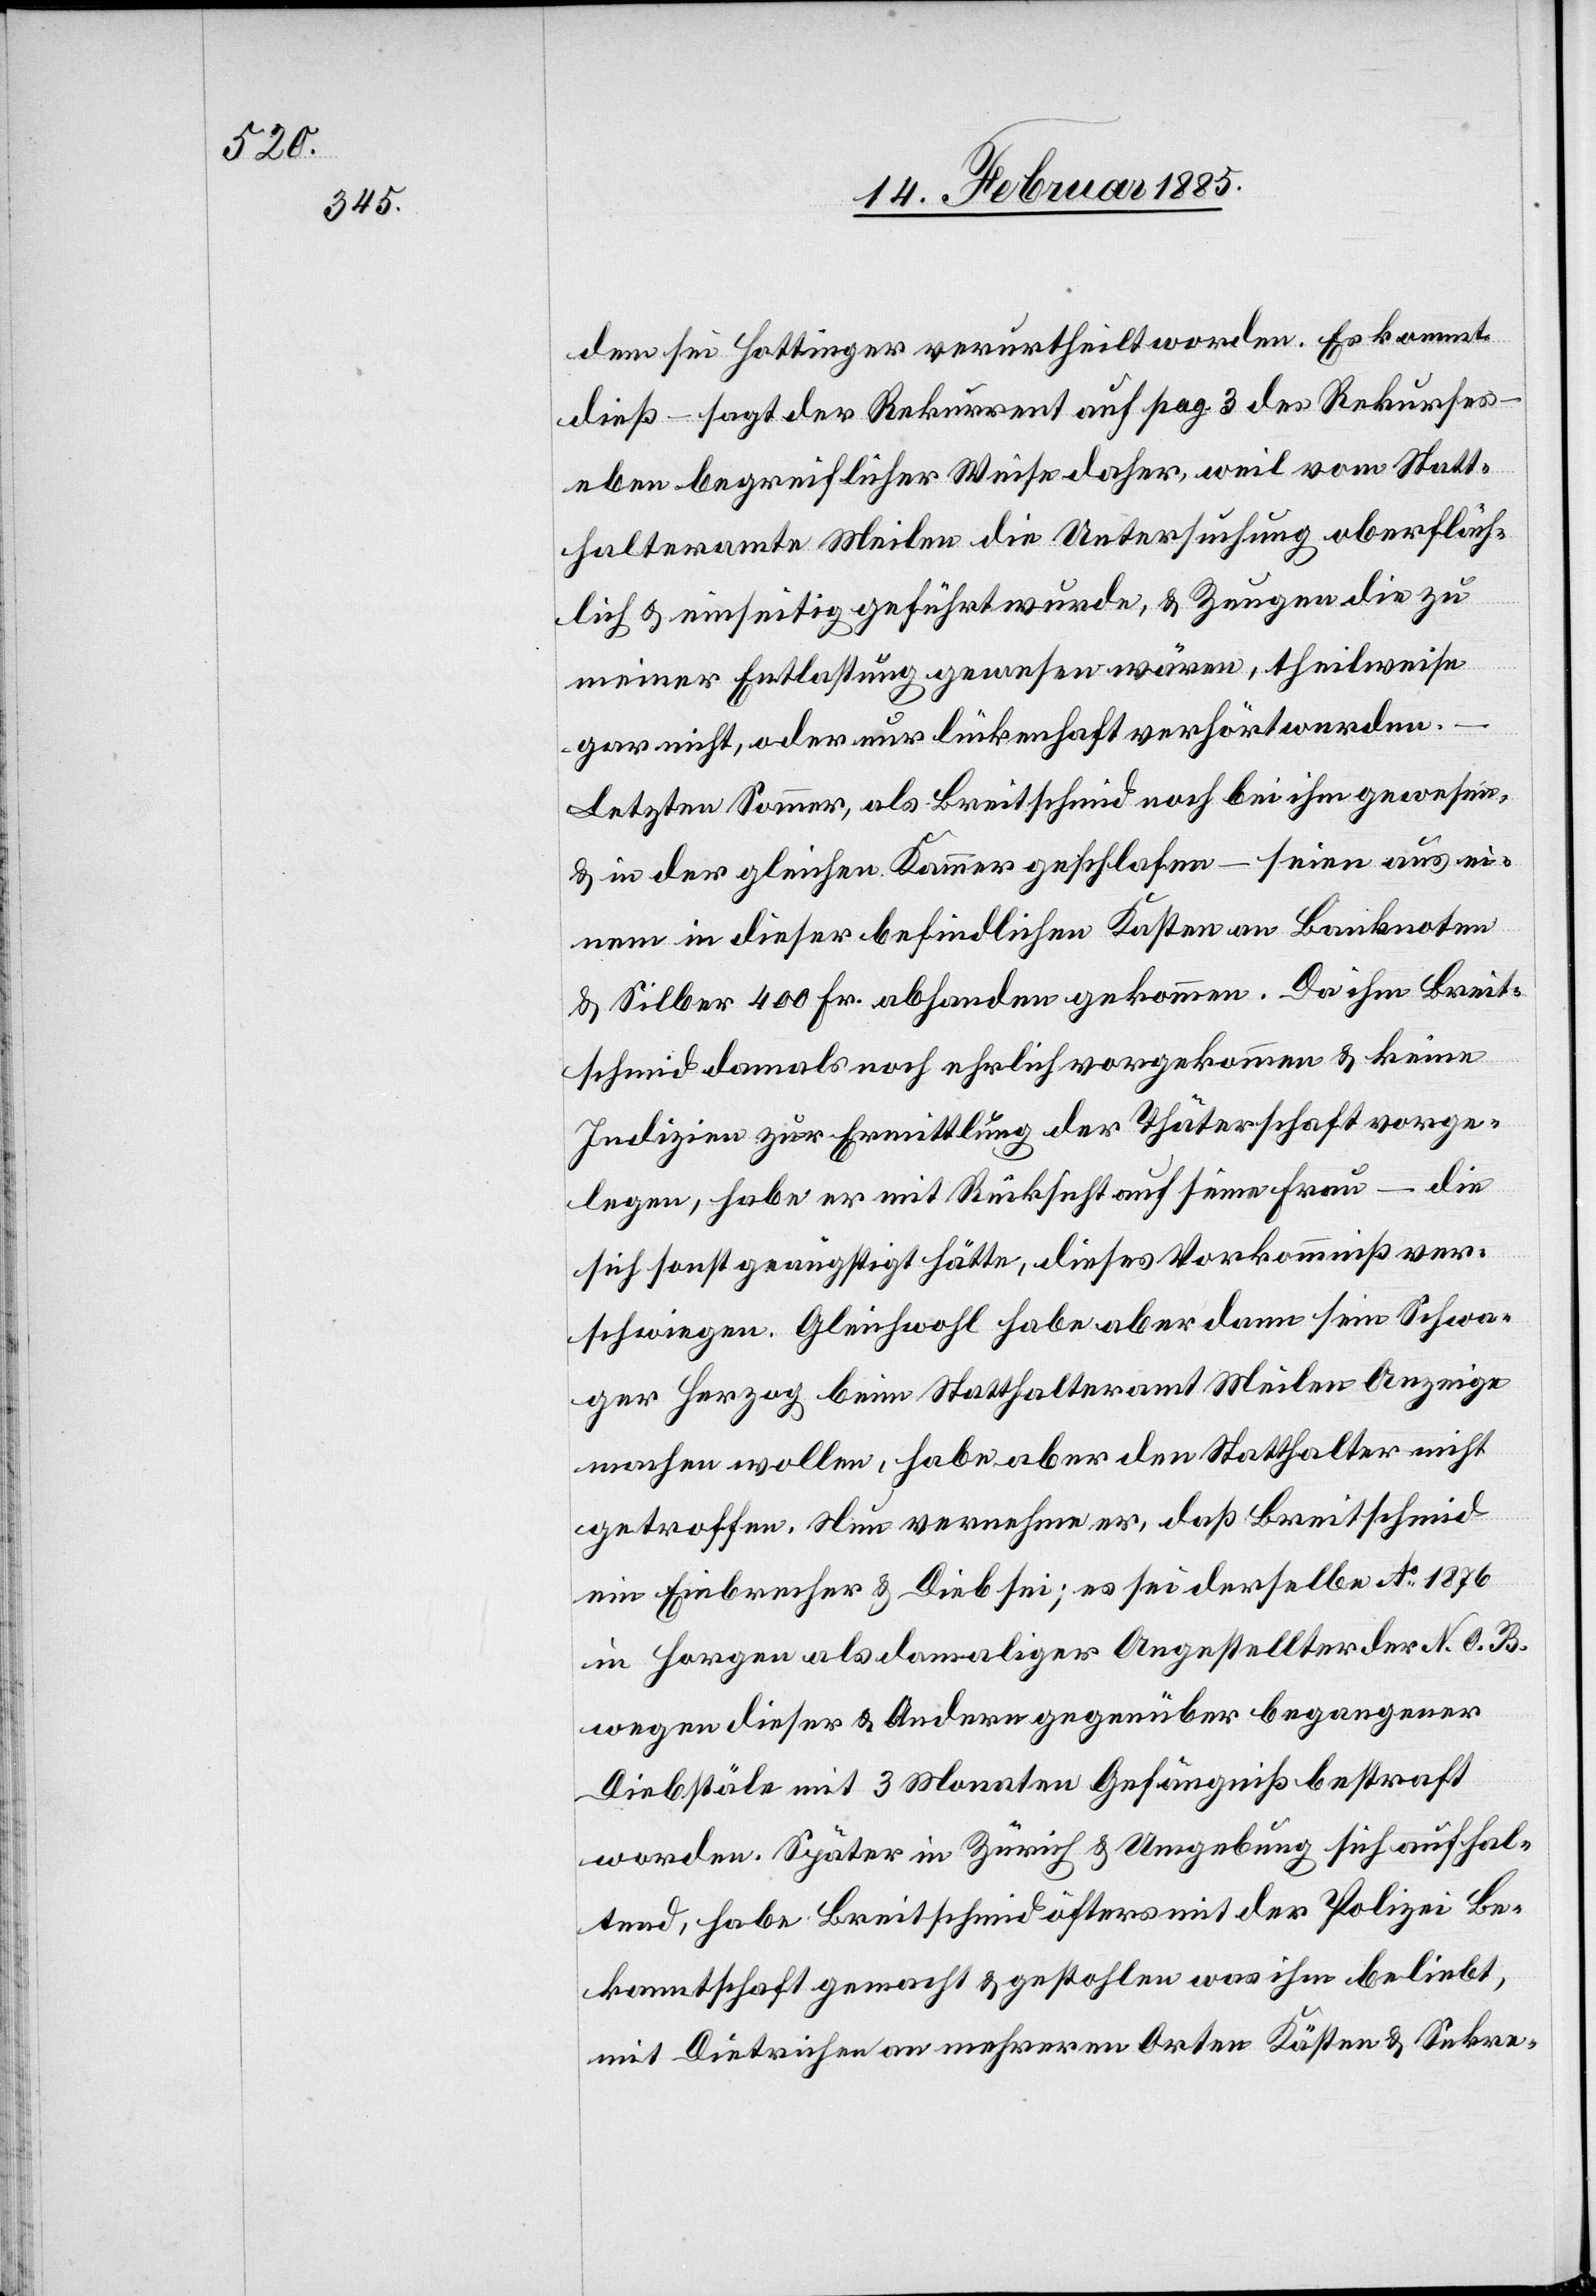
dem sei Hottinger verurtheilt worden. Es kommt
dieß – sagt der Rekurrent auf pag. 3 des Rekurses
eben begreiflicher Weise daher, weil vom Statt¬
halteramte Meilen die Untersuchung oberfläch¬
lich & einseitig geführt wurde, & Zeugen die zu
einer Entlassung gewesen wären, theilweise
gar nicht, oder nur lückenhaft verhört werden.
Letzten Sommer, als Breitschmid noch bei ihm gewesen
& in der gleichen Kammer geschlafen – seien aus ei¬
nem in dieser befindlichen Kasten an Banknoten
& Silber 400 Fr. abhanden gekommen. Da ihm Breit¬
sei
schmid damals noch ehrlich vorgekommen & keine
Indizien zur Ermittlung der Thäterschaft vorge¬
legen, habe er mit Rücksicht auf seine Frau – die
sich sonst geängstigt hätte, dieses Vorkommniß ver¬
schwiegen. Gleichwohl habe aber dann sein Schwa¬
ger Herzog beim Statthalteramt Meilen Anzeige
machen wollen, habe aber den Statthalter nicht
getroffen. Nun vernehme er, daß Breitschmid
ein Einbrecher & Dieb sei; es sei derselbe Ao 1876
in Horgen als damaliger Angestellter der N. O. B.
wegen dieser & andern gegenüber begangener
Diebstäle mit 3 Monaten Gefängnis bestraft
worden. Später in Zürich & Umgebung sich aufhal¬
tend, habe Breitschmid öfters mit der Polizei Be¬
kanntschaft gemacht & gestohlen was ihm beliebt,
mit Dietrichen an mehreren Orten Kästen & Sekre-